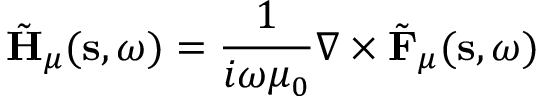
\tilde { \mathbf { H } } _ { \mu } ( \mathbf { s } , \omega ) = \frac { 1 } { i \omega \mu _ { 0 } } \nabla \times \tilde { \mathbf { F } } _ { \mu } ( \mathbf { s } , \omega )